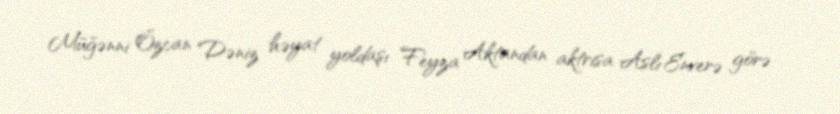
Müğənni Özcan Dəniz həyat yoldaşı Feyza Aktandan aktrisa Aslı Enverə görə